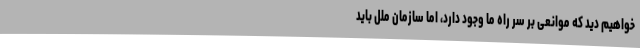
خواهیم دید که موانعی بر سر راه ما وجود دارد، اما سازمان ملل باید